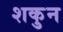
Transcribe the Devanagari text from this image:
शकुुन